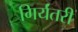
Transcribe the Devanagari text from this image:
गिर्यंतरी